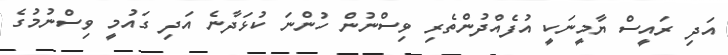
އަދި ރައީސް ޔާމީނަކީ އުފެއްދުންތެރި ވިސްނުން ހުންނަ ކުޅަދާނެ އަދި ގައުމީ ވިސްނުމުގެ